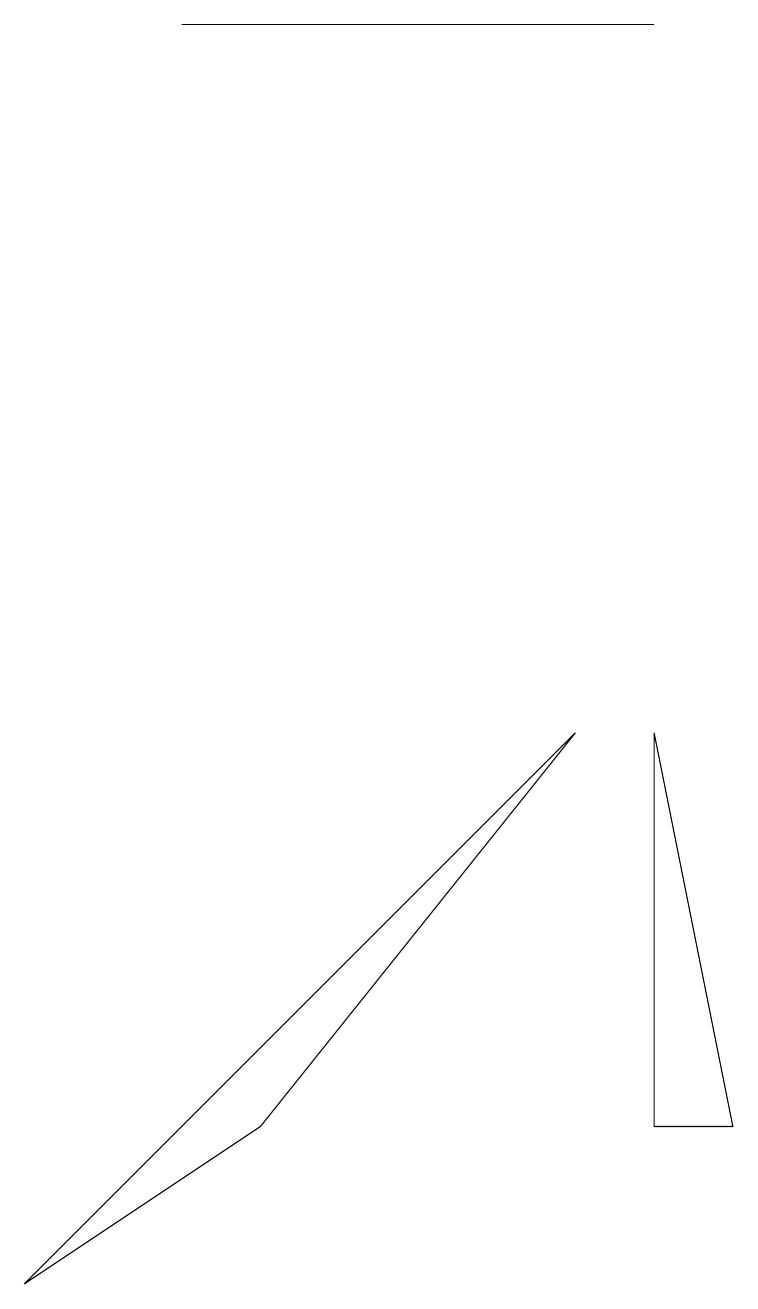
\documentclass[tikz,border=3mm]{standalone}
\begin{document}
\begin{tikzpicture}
\draw (8,17) rectangle (2,17);
\draw (8,8) -- (8,3) -- (9,3) -- cycle;
\draw (0,1) -- (7,8) -- (3,3) -- cycle;
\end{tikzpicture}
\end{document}